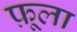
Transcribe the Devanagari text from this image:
फ़ूला